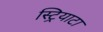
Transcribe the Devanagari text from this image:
स्ट्रियाटा